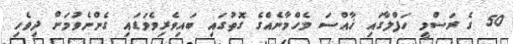
50 ގެ ރަސްމީ ހަފްލާގައި ޚާއްސަ މެހްމާނެއްގެ ގޮތުގައި ބައިވެރިވެވަޑައި ގެންނެވުމަށް ދިވެހި